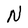
Character: N